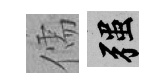
儒强